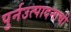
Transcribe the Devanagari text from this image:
पुर्नउत्पादनाची